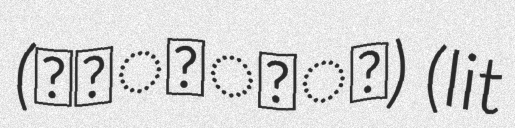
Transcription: (ଧରିତ୍ରୀ) (lit